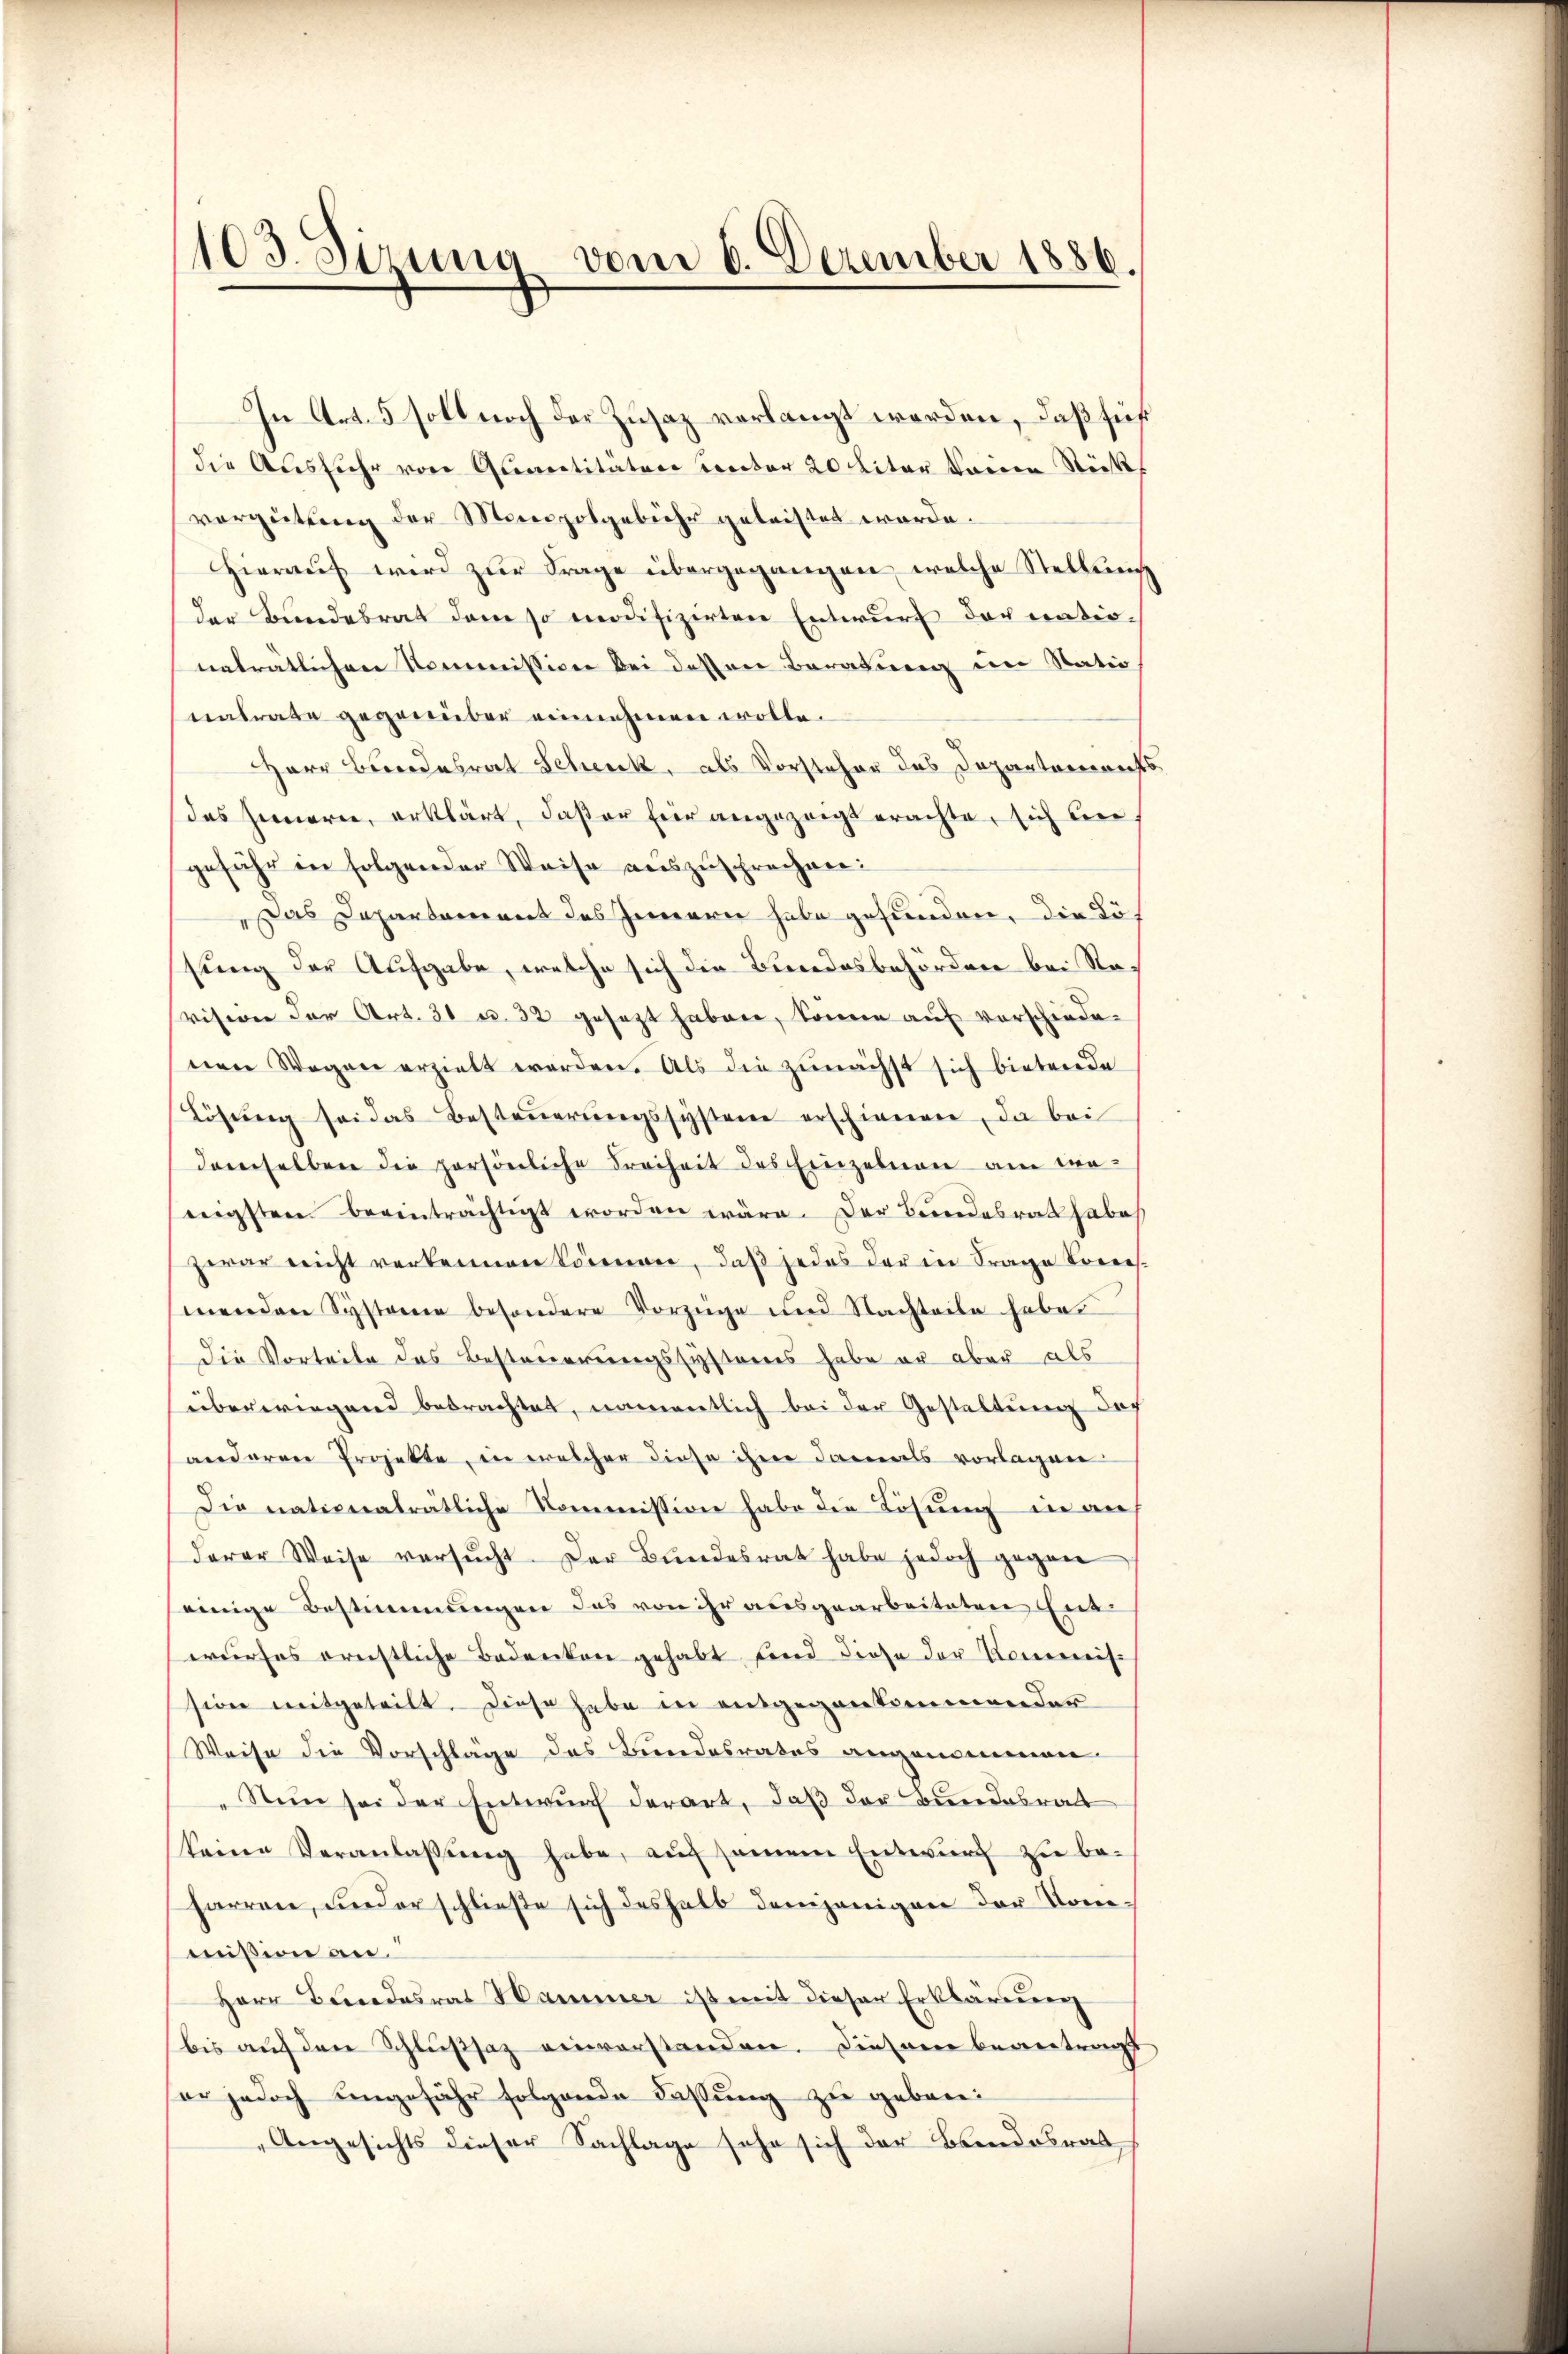
103. Sizung vom 6. Dezember 1886.

In Art. 5 soll noch der Zusaz verlangt worden, daß für
die Ausfuhr von Quartitäten Rector 20 Liter keinen Stück
vergütŭng der Monopolgebühr geleistet werde.
Hierauf wird zur Frage übergegangen, welche Stellung
der Bundesrat dem so modifizirten Entwurf doch nationeträtlichen Kommission bei dessen Beratung im Statio
nalrate gegenüber einnehmen wolle.
HHerr Bundesrat Schenk, als Vorsteher das Departarerrechts
das Jenneren, erklärt, daß er für angezeigt erachte, sich ber
gefähr in folgender Weise auszusprechnen:
Das Departement des Innern habe gefunden, die Lösung der Aufgabe, welche sich die Bundesbehörden bei Ravision der Art. 31 u. 32 gesezt haben, Sonne auf vorschiede-
nen Wegen erzielt worden. Als die zunächst sich bietende
Lösŭng sei das Besteŭerŭngssysteme erschieneren, da bei
demselben die persönliche Freiheit des Einzelnen am we-
nigsten beeinträchtigt worden wäre. Der Bundesrath habe
zwar nicht verkennen können, daß jedes der in Frage Konces.
menden Systeme besondere Vorzüge und Nachteile habe.
Die Vorteile des Besteuerungssystems habe er aber als
überwiegend betrachtet, namentlich bei der Gestaltung doch
anderen Projekte, in welcher diese ihme damals vorlagen
Die nationaträtliche Kommission habe die Lösung in an
derer Weise versucht. Der Bundesrat habe jedoch gegen
einige Bestimmungen das von ihr ausgearbeiteten Ent
wurfes ernstliche Bedenken gehabt sind diese der Konenreis-
sion mitgeteilt. Diese habe in entgegenkommender
Weise die Vorschläge des Bundesrates angenommen.
Nun sei der Entwurf derart, daß der Bundesrat
keine Veranlaβŭng habe, aŭf seinem Entwurf zu be-
harren, inder schließe sich deshalb denjenigen der Kommission an
Herr Bundesrat Hammer ist mit dieser Erklärung
bis auf den Schlußsaz einverstanden. Diesene beantragt
er jedoch ungefähr folgende Fassung zu geberei
Angesichts dieser Sachlage sehe sich der Brandesrat